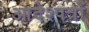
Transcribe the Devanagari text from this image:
आदेश्पत्रों